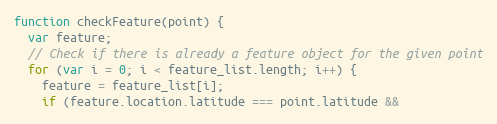
Language: JavaScript
function checkFeature(point) {
  var feature;
  // Check if there is already a feature object for the given point
  for (var i = 0; i < feature_list.length; i++) {
    feature = feature_list[i];
    if (feature.location.latitude === point.latitude &&